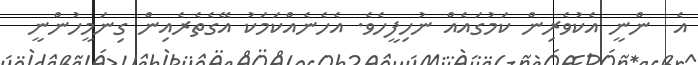
އެ  ންނީ އެކުވެރިން ކަމުގައެއް ނުހިފީހެވެ. އެހެނެއްކަމަކު އޭގެތެރެއިން ގިނަމީހުންނީ